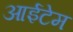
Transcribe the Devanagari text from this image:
आईटेम